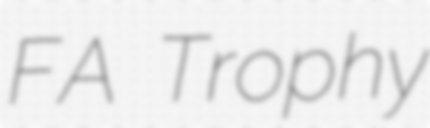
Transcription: FA Trophy